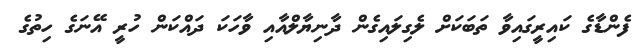
ފެންޑާގެ ކައިރީގައިވާ ތަބަކަށް ލެގިލައިގެން ދާނިޔާލްއާއި ވާހަކަ ދައްކަން ހުރީ އޭނަގެ ހިތުގެ